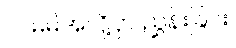
၂။ မိမိအလို့ငှာ ညွှန်းခြင်း၊